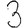
Digit: 3